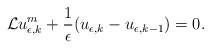
\begin{align*} \begin{aligned} \mathcal{L}u_{\epsilon,k}^m+\frac{1}{\epsilon}(u_{\epsilon,k}-u_{\epsilon,k-1})=0. \end{aligned} \end{align*}